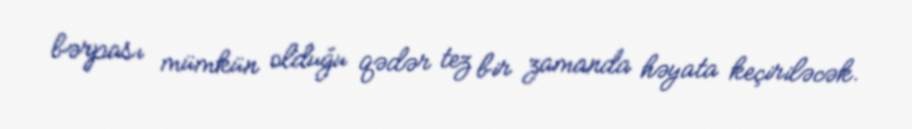
bərpası mümkün olduğu qədər tez bir zamanda həyata keçiriləcək.